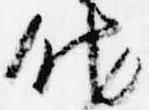
他